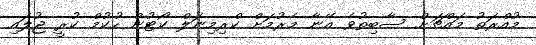
މުއްރަތު މައްޗަށް ސާބިތުވެ އޭނާ މެރުމަށް ކްރިމިނަލް ކޯޓުން ހުކުމް ކުރީ ޖުލައި